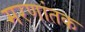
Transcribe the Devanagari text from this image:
मरणांतक